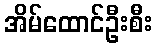
အိမ်ထောင်ဦးစီး